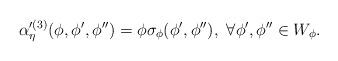
LaTeX: \begin{align*} \alpha'^{(3)}_{\eta} (\phi,\phi', \phi'')=\phi \sigma_{\phi}(\phi', \phi''), \,\,\forall \phi', \phi'' \in W_{\phi} .\end{align*}